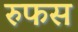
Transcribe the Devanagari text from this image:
रुफस